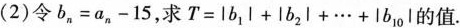
(2)令$$b_{n}=a_{n} -15$$，求$$T=|b_{1}|+|b_{2}|+\cdots +|b_{10}|$$的值.